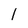
Character: l